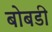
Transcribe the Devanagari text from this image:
बोबडी